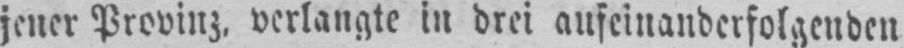
jener Provinz, verlangte in drei aufeinanderfolgenden